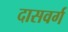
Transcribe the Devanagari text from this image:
दासवर्ग